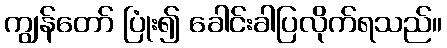
ကျွန်တော် ပြုံး၍ ခေါင်းခါပြလိုက်ရသည်။